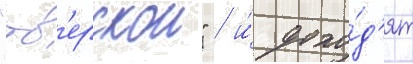
"тв'ерскои" / и́ дохо́д'ят